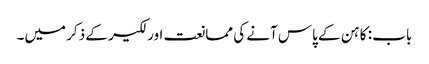
باب : کاہن کے پاس آنے کی ممانعت اور لکیر کے ذکر میں۔